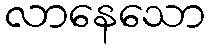
လာနေသော